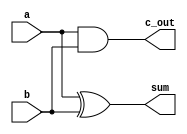
`timescale 1ns / 1ps
//////////////////////////////////////////////////////////////////////////////////
// Company: 
// Engineer: 
// 
// Design Name: 
// Module Name: Add_half
// Project Name: 
// Target Devices: 
// Tool Versions: 
// Description: 
// 
// Dependencies: 
// 
// Revision:
// Revision 0.01 - File Created
// Additional Comments:
// 
//////////////////////////////////////////////////////////////////////////////////


module Add_half(
    output wire sum,
    output wire c_out,
    input wire a,
    input wire b
    );
    xor(sum, a, b);
    and(c_out, a, b);
endmodule